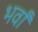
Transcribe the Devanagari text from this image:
भर्वां